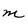
Character: m